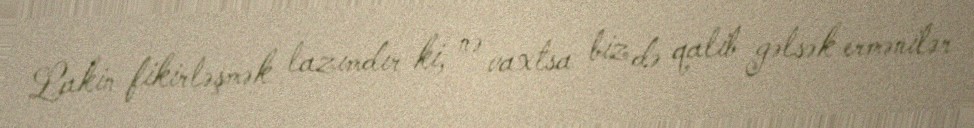
Lakin fikirləşmək lazımdır ki, nə vaxtsa biz də qalib gəlsək ermənilər